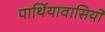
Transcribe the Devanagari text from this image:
पार्थियावासियों